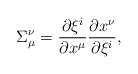
\begin{align*}\Sigma_\mu^\nu={\partial \xi^i\over\partial x^\mu}{\partial x^\nu\over\partial\xi^i},\end{align*}